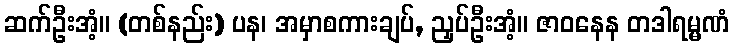
ဆက်ဦးအံ့။ (တစ်နည်း) ပန၊ အမှာစကားချပ်, ညှပ်ဦးအံ့။ ဇာဝနေန တဒါရမ္မဏံ